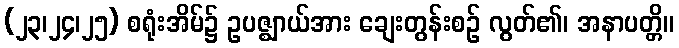
(၂၃၊၂၄၊၂၅) စရုံးအိမ်၌ ဥပဇ္ဈာယ်အား ချေးတွန်းစဉ် လွတ်၏၊ အနာပတ္တိ။